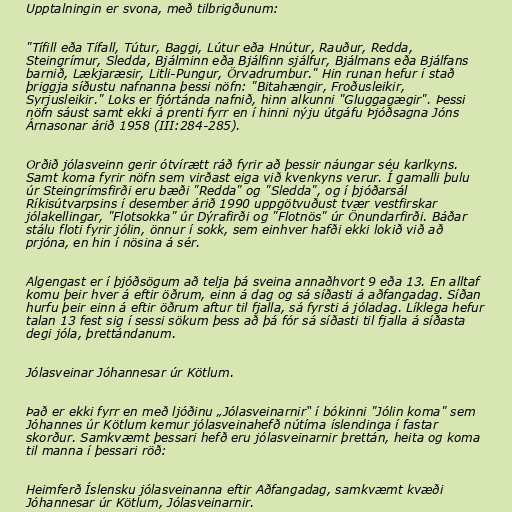
Upptalningin er svona, með tilbrigðunum:

"Tífill eða Tífall, Tútur, Baggi, Lútur eða Hnútur, Rauður, Redda,
Steingrímur, Sledda, Bjálminn eða Bjálfinn sjálfur, Bjálmans eða Bjálfans
barnið, Lækjaræsir, Litli-Pungur, Örvadrumbur." Hin runan hefur í stað
þriggja síðustu nafnanna þessi nöfn: "Bitahængir, Froðusleikir,
Syrjusleikir." Loks er fjórtánda nafnið, hinn alkunni "Gluggagægir". Þessi
nöfn sáust samt ekki á prenti fyrr en í hinni nýju útgáfu Þjóðsagna Jóns
Árnasonar árið 1958 (III:284-285).

Orðið jólasveinn gerir ótvírætt ráð fyrir að þessir náungar séu karlkyns.
Samt koma fyrir nöfn sem virðast eiga við kvenkyns verur. Í gamalli þulu
úr Steingrímsfirði eru bæði "Redda" og "Sledda", og í þjóðarsál
Ríkisútvarpsins í desember árið 1990 uppgötvuðust tvær vestfirskar
jólakellingar, "Flotsokka" úr Dýrafirði og "Flotnös" úr Önundarfirði. Báðar
stálu floti fyrir jólin, önnur í sokk, sem einhver hafði ekki lokið við að
prjóna, en hin í nösina á sér.

Algengast er í þjóðsögum að telja þá sveina annaðhvort 9 eða 13. En alltaf
komu þeir hver á eftir öðrum, einn á dag og sá síðasti á aðfangadag. Síðan
hurfu þeir einn á eftir öðrum aftur til fjalla, sá fyrsti á jóladag. Líklega hefur
talan 13 fest sig í sessi sökum þess að þá fór sá síðasti til fjalla á síðasta
degi jóla, þrettándanum.

Jólasveinar Jóhannesar úr Kötlum.

Það er ekki fyrr en með ljóðinu „Jólasveinarnir“ í bókinni "Jólin koma" sem
Jóhannes úr Kötlum kemur jólasveinahefð nútíma íslendinga í fastar
skorður. Samkvæmt þessari hefð eru jólasveinarnir þrettán, heita og koma
til manna í þessari röð:

Heimferð Íslensku jólasveinanna eftir Aðfangadag, samkvæmt kvæði
Jóhannesar úr Kötlum, Jólasveinarnir.